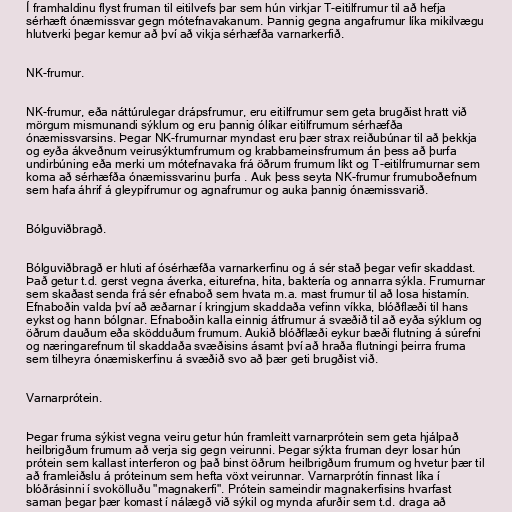
Í framhaldinu flyst fruman til eitilvefs þar sem hún virkjar T-eitilfrumur til að hefja
sérhæft ónæmissvar gegn mótefnavakanum. Þannig gegna angafrumur líka mikilvægu
hlutverki þegar kemur að því að vikja sérhæfða varnarkerfið.

NK-frumur.

NK-frumur, eða náttúrulegar drápsfrumur, eru eitilfrumur sem geta brugðist hratt við
mörgum mismunandi sýklum og eru þannig ólíkar eitilfrumum sérhæfða
ónæmissvarsins. Þegar NK-frumurnar myndast eru þær strax reiðubúnar til að þekkja
og eyða ákveðnum veirusýktumfrumum og krabbameinsfrumum án þess að þurfa
undirbúning eða merki um mótefnavaka frá öðrum frumum líkt og T-eitilfrumurnar sem
koma að sérhæfða ónæmissvarinu þurfa . Auk þess seyta NK-frumur frumuboðefnum
sem hafa áhrif á gleypifrumur og agnafrumur og auka þannig ónæmissvarið.

Bólguviðbragð.

Bólguviðbragð er hluti af ósérhæfða varnarkerfinu og á sér stað þegar vefir skaddast.
Það getur t.d. gerst vegna áverka, eiturefna, hita, baktería og annarra sýkla. Frumurnar
sem skaðast senda frá sér efnaboð sem hvata m.a. mast frumur til að losa histamín.
Efnaboðin valda því að æðarnar í kringjum skaddaða vefinn víkka, blóðflæði til hans
eykst og hann bólgnar. Efnaboðin kalla einnig átfrumur á svæðið til að eyða sýklum og
öðrum dauðum eða sködduðum frumum. Aukið blóðflæði eykur bæði flutning á súrefni
og næringarefnum til skaddaða svæðisins ásamt því að hraða flutningi þeirra fruma
sem tilheyra ónæmiskerfinu á svæðið svo að þær geti brugðist við.

Varnarprótein.

Þegar fruma sýkist vegna veiru getur hún framleitt varnarprótein sem geta hjálpað
heilbrigðum frumum að verja sig gegn veirunni. Þegar sýkta fruman deyr losar hún
prótein sem kallast interferon og það binst öðrum heilbrigðum frumum og hvetur þær til
að framleiðslu á próteinum sem hefta vöxt veirunnar. Varnarprótín finnast líka í
blóðrásinni í svokölluðu "magnakerfi". Prótein sameindir magnakerfisins hvarfast
saman þegar þær komast í nálægð við sýkil og mynda afurðir sem t.d. draga að